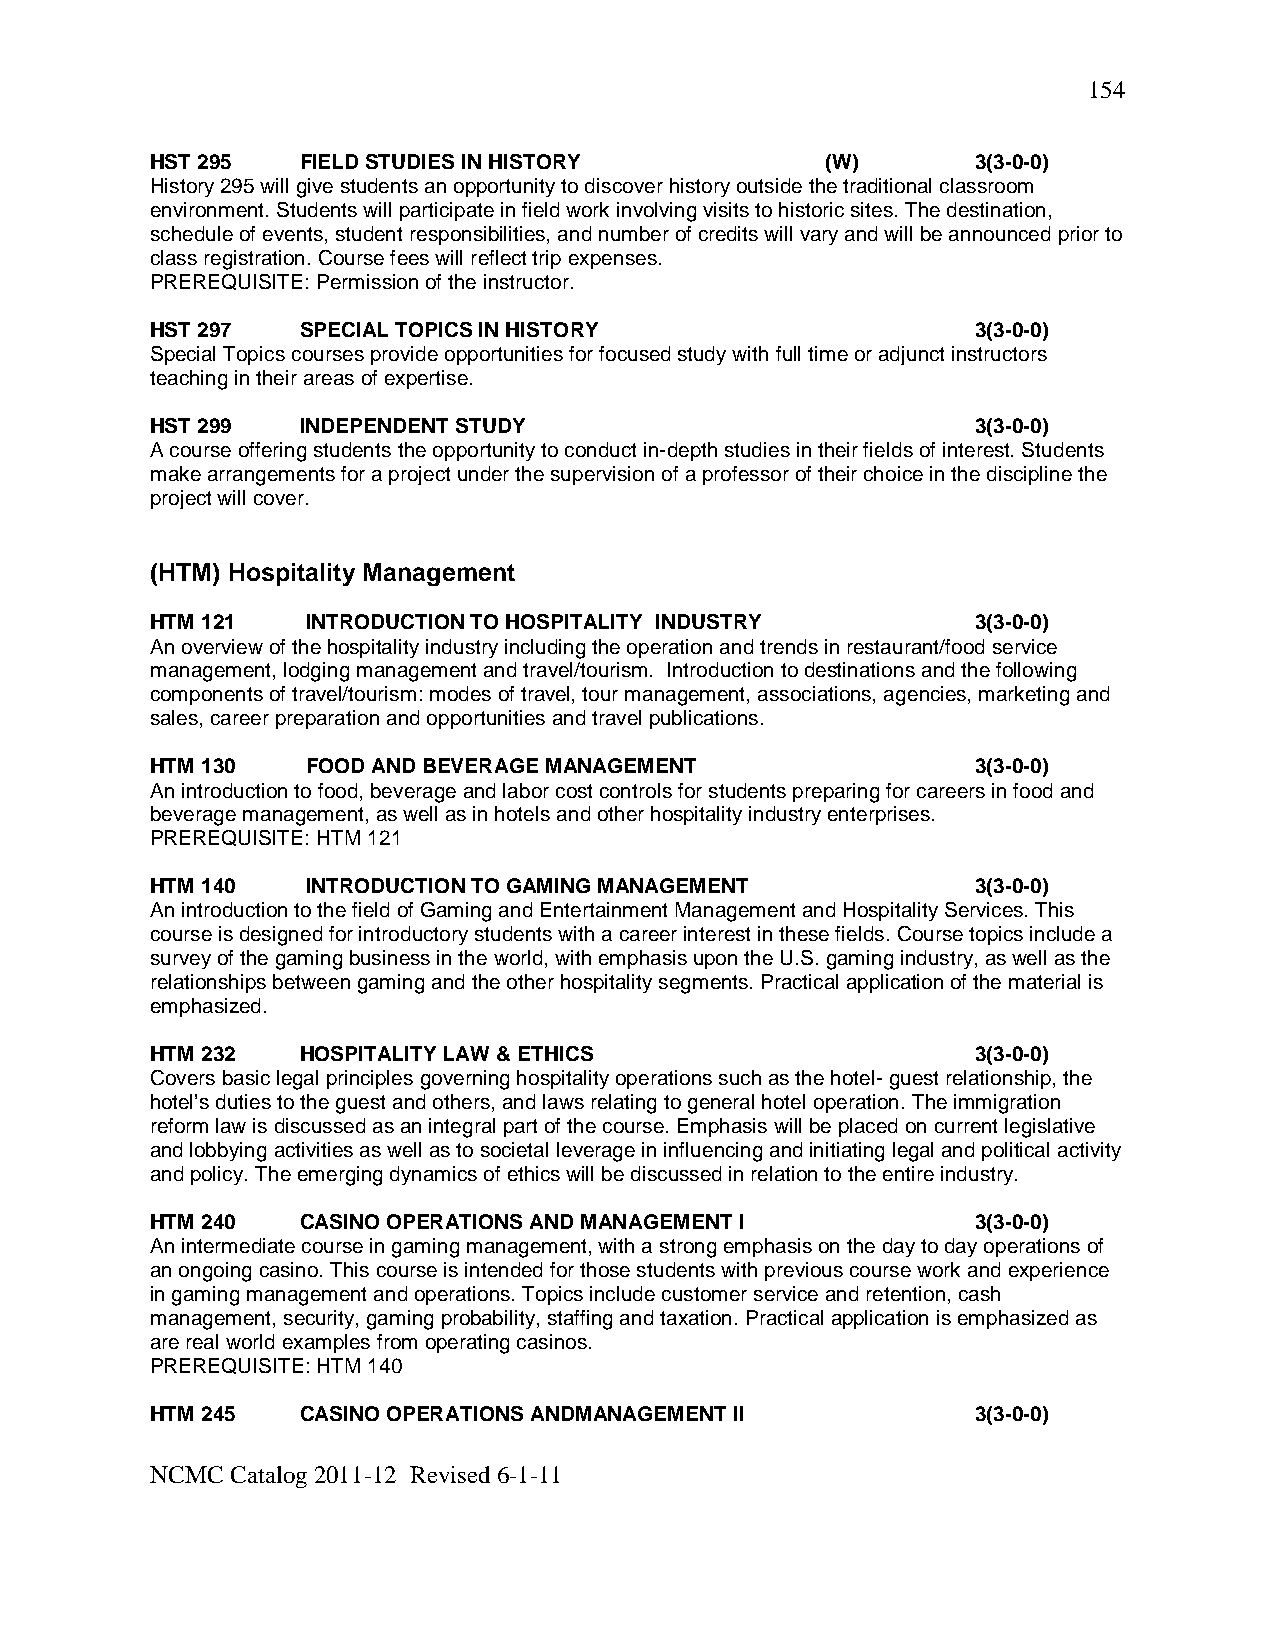
154
 HST 295   FIELD STUDIES IN HISTORY           (W)       3(3-0-0)
 History 295 will give students an opportunity to discover history outside the traditional classroom
 environment. Students will participate in field work involving visits to historic sites. The destination,
 schedule of events, student responsibilities, and number of credits will vary and will be announced prior to
 class registration. Course fees will reflect trip expenses.
 PREREQUISITE: Permission of the instructor.
 HST 297   SPECIAL TOPICS IN HISTORY                    3(3-0-0)
 Special Topics courses provide opportunities for focused study with full time or adjunct instructors
 teaching in their areas of expertise.
 HST 299   INDEPENDENT STUDY                            3(3-0-0)
 A course offering students the opportunity to conduct in-depth studies in their fields of interest. Students
 make arrangements for a project under the supervision of a professor of their choice in the discipline the
 project will cover.
 (HTM) Hospitality Management
 HTM 121   INTRODUCTION TO HOSPITALITY INDUSTRY         3(3-0-0)
 An overview of the hospitality industry including the operation and trends in restaurant/food service
 management, lodging management and travel/tourism. Introduction to destinations and the following
 components of travel/tourism: modes of travel, tour management, associations, agencies, marketing and
 sales, career preparation and opportunities and travel publications.
 HTM 130   FOOD AND BEVERAGE MANAGEMENT                 3(3-0-0)
 An introduction to food, beverage and labor cost controls for students preparing for careers in food and
 beverage management, as well as in hotels and other hospitality industry enterprises.
 PREREQUISITE: HTM 121
 HTM 140   INTRODUCTION TO GAMING MANAGEMENT            3(3-0-0)
 An introduction to the field of Gaming and Entertainment Management and Hospitality Services. This
 course is designed for introductory students with a career interest in these fields. Course topics include a
 survey of the gaming business in the world, with emphasis upon the U.S. gaming industry, as well as the
 relationships between gaming and the other hospitality segments. Practical application of the material is
 emphasized.
 HTM 232   HOSPITALITY LAW & ETHICS                     3(3-0-0)
 Covers basic legal principles governing hospitality operations such as the hotel- guest relationship, the
 hotel’s duties to the guest and others, and laws relating to general hotel operation. The immigration
 reform law is discussed as an integral part of the course. Emphasis will be placed on current legislative
 and lobbying activities as well as to societal leverage in influencing and initiating legal and political activity
 and policy. The emerging dynamics of ethics will be discussed in relation to the entire industry.
 HTM 240   CASINO OPERATIONS AND MANAGEMENT I           3(3-0-0)
 An intermediate course in gaming management, with a strong emphasis on the day to day operations of
 an ongoing casino. This course is intended for those students with previous course work and experience
 in gaming management and operations. Topics include customer service and retention, cash
 management, security, gaming probability, staffing and taxation. Practical application is emphasized as
 are real world examples from operating casinos.
 PREREQUISITE: HTM 140
 HTM 245   CASINO OPERATIONS ANDMANAGEMENT II           3(3-0-0)
 NCMC Catalog 2011-12 Revised 6-1-11